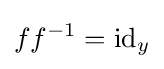
ff^{-1}=\mathrm {id} _{y}